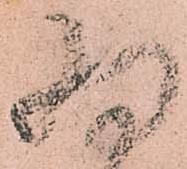
為